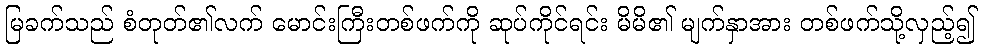
မြခက်သည် စံတုတ်၏လက် မောင်းကြီးတစ်ဖက်ကို ဆုပ်ကိုင်ရင်း မိမိ၏ မျက်နှာအား တစ်ဖက်သို့လှည့်၍